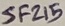
Text: SF215